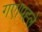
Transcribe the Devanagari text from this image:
गए।पह्ले